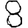
Digit: 8